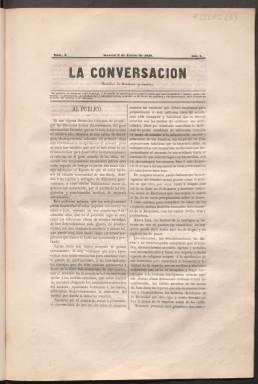
Título: La Conversación (Madrid. 1858)
Colección: Literatura
Ámbito geográfico: Madrid
Lugar de publicación: Madrid
Fechas: 03/01/1858-14/03/1858